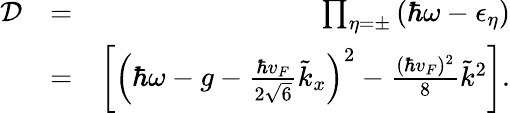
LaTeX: \begin{array}{rlr}{\mathcal{D}}&{=}&{\prod_{\eta=\pm}\left(\hbar\omega-\epsilon_{\eta}\right)}\\ &{=}&{\left[\left(\hbar\omega-g-\frac{\hbar v_{F}}{2\sqrt{6}}\tilde{k}_{x}\right)^{2}-\frac{(\hbar v_{F})^{2}}{8}\tilde{k}^{2}\right].}\end{array}